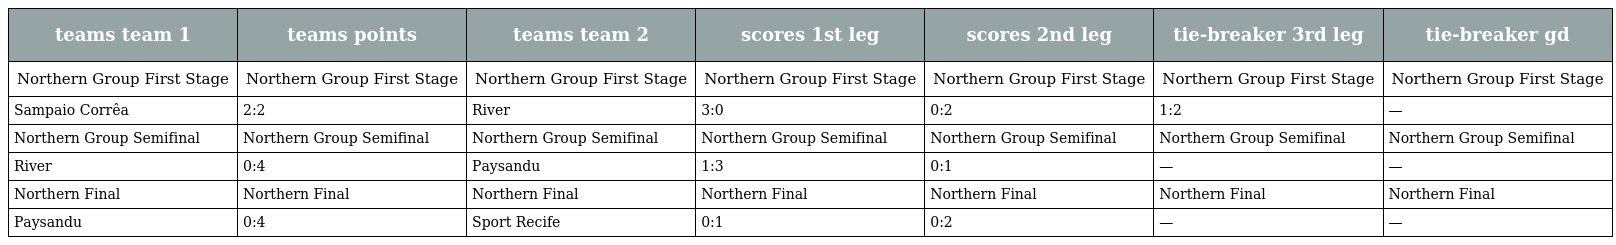
| teams team 1 | teams points | teams team 2 | scores 1st leg | scores 2nd leg | tie-breaker 3rd leg | tie-breaker gd |
 | --- | --- | --- | --- | --- | --- | --- |
 | Northern Group First Stage | Northern Group First Stage | Northern Group First Stage | Northern Group First Stage | Northern Group First Stage | Northern Group First Stage | Northern Group First Stage |
 | Sampaio Corrêa | 2:2 | River | 3:0 | 0:2 | 1:2 | — |
 | Northern Group Semifinal | Northern Group Semifinal | Northern Group Semifinal | Northern Group Semifinal | Northern Group Semifinal | Northern Group Semifinal | Northern Group Semifinal |
 | River | 0:4 | Paysandu | 1:3 | 0:1 | — | — |
 | Northern Final | Northern Final | Northern Final | Northern Final | Northern Final | Northern Final | Northern Final |
 | Paysandu | 0:4 | Sport Recife | 0:1 | 0:2 | — | — |